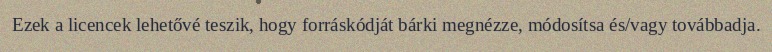
Ezek a licencek lehetővé teszik, hogy forráskódját bárki megnézze, módosítsa és/vagy továbbadja.